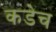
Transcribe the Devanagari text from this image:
कडेच